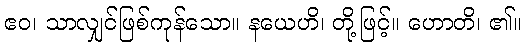
ဧဝ၊ သာလျှင်ဖြစ်ကုန်သော။ နယေဟိ၊ တို့ဖြင့်။ ဟောတိ၊ ၏။